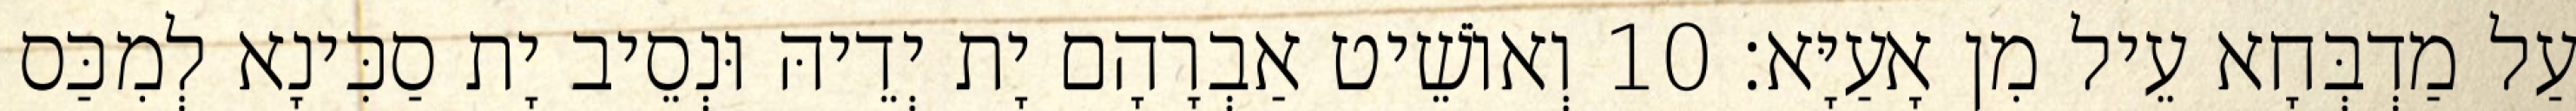
עַל מַדְבְּחָא עֵיל מִן אָעַיָּא׃ 10 וְאוֹשֵׁיט אַבְרָהָם יָת יְדֵיהּ וּנְסֵיב יָת סַכִּינָא לְמִכַּס